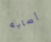
أصابه